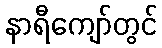
နာရီကျော်တွင်